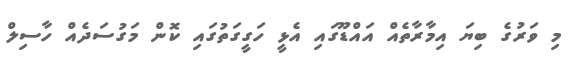
މި ވަރުގެ ބިޔަ އިމާރާތެއް އައްޑޫގައި އެޅީ ހަގީގަތުގައި ކޮން މަގުސަދެއް ހާސިލް